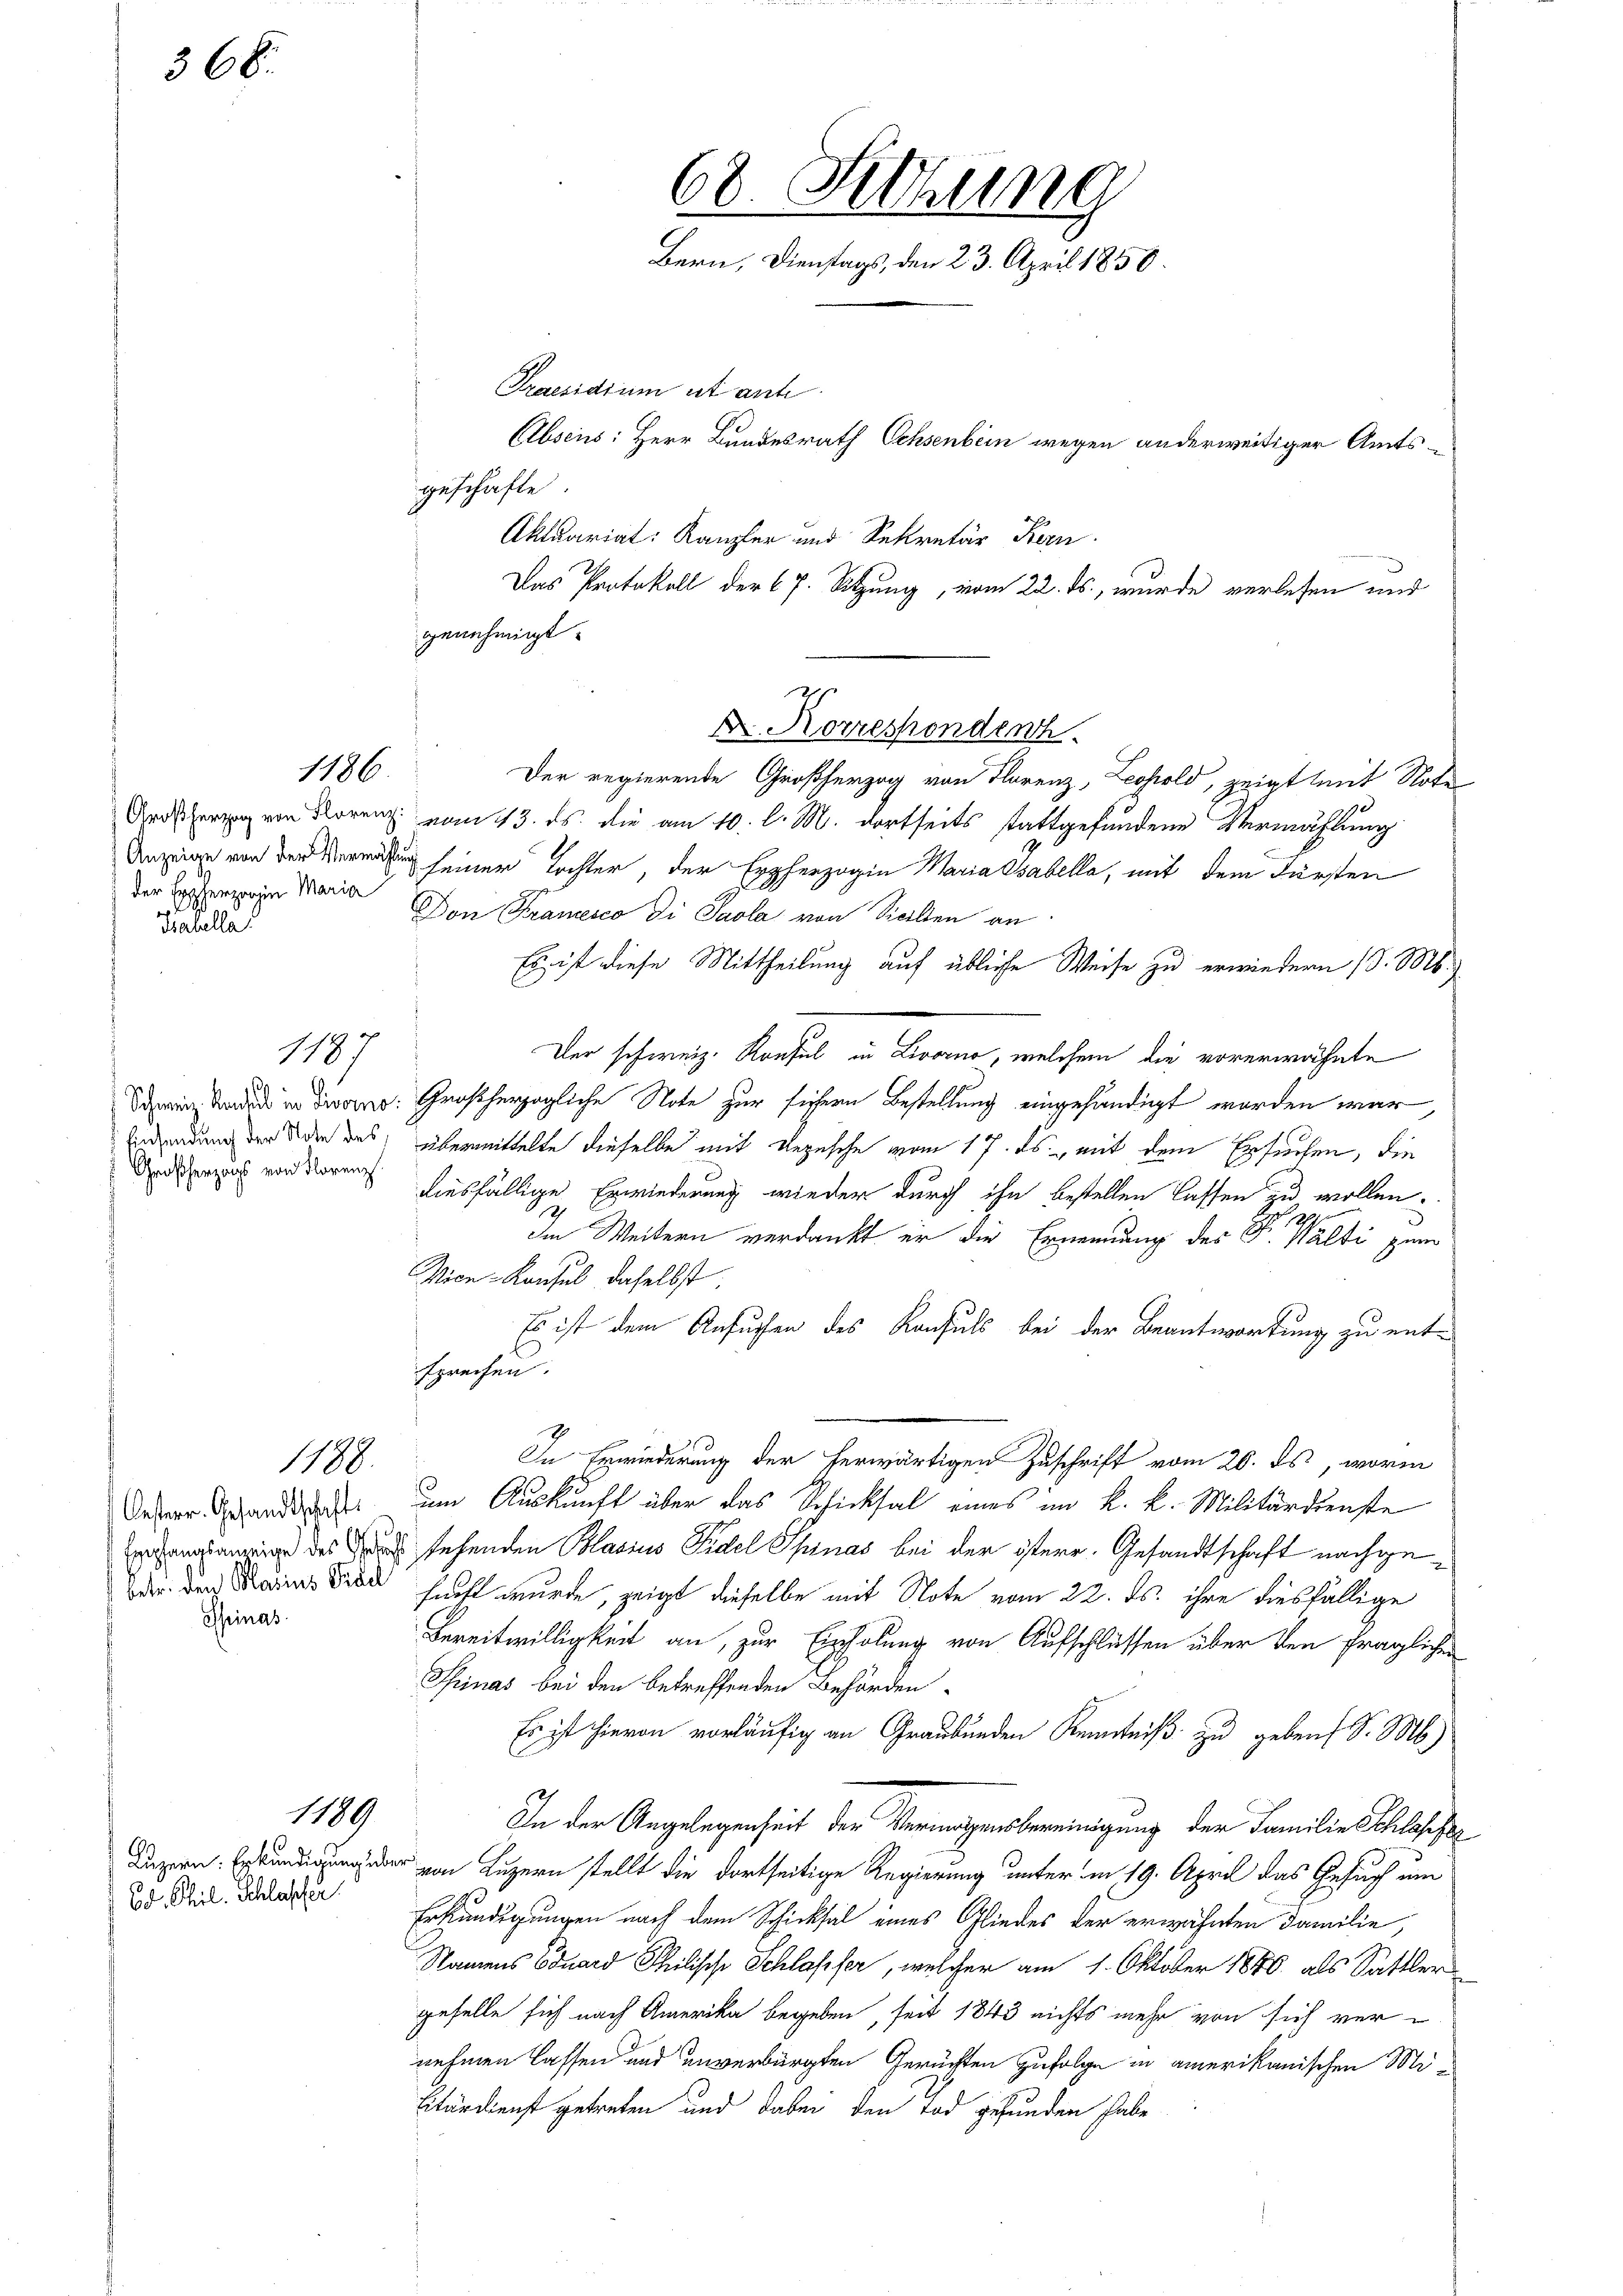
366.

der Erzherzogin Maria
Trasalla

Großherzogs von Florenz

Oesterr. Gesandtschaft:
Chinas

1186.

119

1188.

1189

Ed. Phil. Schlasser

geschäfte
Aktuariat: Kanzler und Sekretär Kern
Das Protokoll der 67. Sitzung, vom 22. ds., wurde verlesen und
genehmigt.
Der regierende Großherzog von Florenz, Leopold, zeigt mit Note
Grdscher von Korn vom 13. ds. die am 10. l. M. dortseits stattgefundene Vermählung
 seiner Tochter, der Erzherzogin Maria Babella, mit dem Fürsten
9
Don Cramesco di Paola von Sicillen an
Es ist diese Mittheilung auf übliche Weise zu erwindern (d. Ms.
Der schweiz. Konsul in Krone, welchem die vorerwähnte
Schweiz und in daraus. Großherzogliche Note zur sichern Bestellung eingehändigt worden war,
Anderung der Tode des übermittelte dieselbe mit Repesche vom 17. ds. mit dem Ersuchen, die
diesfällige Erwiederung wieder durch ihn bestellen lassen zu wollen.
2
29
Im Weitern verdankt er die Ernennung des P. Wälti zum
Vice-Konsul daselbst
Es ist dem Ansuchen des Konsuls bei der Beantwortung zu entsprechen.
g
In Erwiederung der herwärtigen Zuschrift vom 20. ds, worin
um Auskunft über das Schicksal eines im k. k. Militärdienste
angarin des es sehenden Blasius Fidel Spinas bei der österr. Gesandtschaft nachge¬
Dar doch Marias Trade hauft wurde, zeigt dieselbe mit Note vom 22. ds. ihre diesfällige
Bereitwilligkeit an, zur Einholung von Aufschlüssen über den fraglichen
Shinas bei den betreffenden Behörden
Es ist hievon vorläufig an Graubünden Kenntniß zu geben S. M.)
In der Angelegenheit der Vermögensbereinigung der Familie Schlasse
 Luzern stellt die dortseitige Regierung unter in 19. April das Gesuch um
Erkundigungen nach dem Schicksal eines Gliedes der erwähnten Familie,
Namens Eduard Philische Schlaffer, welcher am 1. Oktober 1840 als Sattler
geselle sich nach Amerika begeben, seit 1843 nichts mehr von sich vernehmen lassen und unverbürgten Gerüchten zufolge in amerikanischen Mi¬
Eitärdienst getreten und dabei den Tod gefunden habe

68. Sitzung
Bern, Dienstags, den 23. April 1858.
Praesidium ut anti
Absens: Herr Bundesrath Ochsenbein wegen anderweitiger Amts¬

Korrespondenh